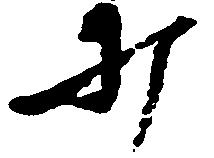
打